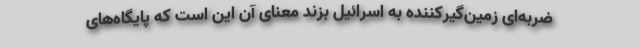
ضربه‌ای زمین‌گیرکننده به اسرائیل بزند معنای آن این است که پایگاه‌های